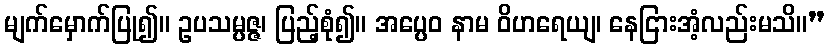
မျက်မှောက်ပြု၍။ ဥပသမ္ပဇ္ဇ၊ ပြည့်စုံ၍။ အပ္ပေဝ နာမ ဝိဟရေယျ၊ နေငြားအံ့လည်းမသိ။”